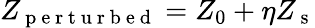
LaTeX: Z_{\mathrm{~p~e~r~t~u~r~b~e~d~}}=Z_{0}+\eta Z_{\mathrm{~s~}}